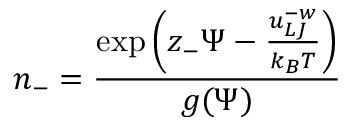
n _ { - } = \frac { \exp \left( z _ { - } \Psi - \frac { u _ { L J } ^ { - w } } { k _ { B } T } \right) } { g ( \Psi ) }